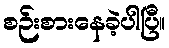
စဉ်းစားနေခဲ့ပါပြီ။